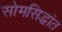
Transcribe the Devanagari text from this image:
सोमसिद्धांत